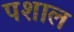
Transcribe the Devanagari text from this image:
पशाल